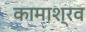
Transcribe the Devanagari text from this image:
कामाश्रव